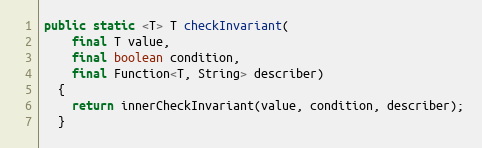
Language: Java
public static <T> T checkInvariant(
    final T value,
    final boolean condition,
    final Function<T, String> describer)
  {
    return innerCheckInvariant(value, condition, describer);
  }